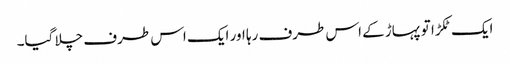
ایک ٹکڑا تو پہاڑ کے اس طرف رہا اور ایک اس طرف چلا گیا۔